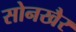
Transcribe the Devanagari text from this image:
सोनखैर